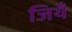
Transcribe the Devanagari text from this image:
जियँ